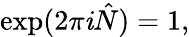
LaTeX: \exp(2\pi\mathit{i}\hat{{N}})=1,